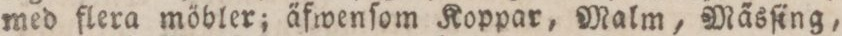
med flera möbler; äfwenſom Koppar, Malm, Mäsſing,